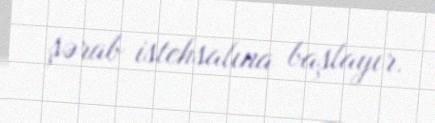
şərab istehsalına başlayır.